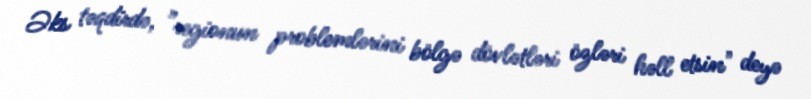
Əks təqdirdə, ”regionun problemlərini bölgə dövlətləri özləri həll etsin" deyə